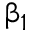
\upbeta _ { 1 }